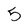
Character: 5